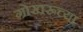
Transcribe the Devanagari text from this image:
गोखरूच्या